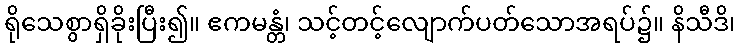
ရိုသေစွာရှိခိုးပြီး၍။ ဧကမန္တံ၊ သင့်တင့်လျောက်ပတ်သောအရပ်၌။ နိသီဒိ၊